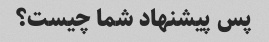
پس پیشنهاد شما چیست؟